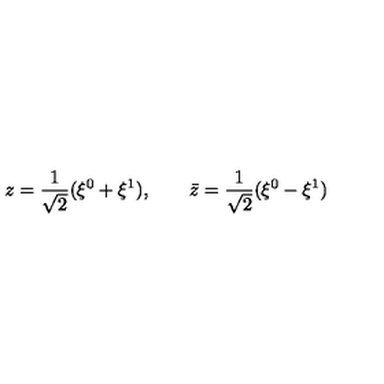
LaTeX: z = { \frac { 1 } { \sqrt 2 } } ( \xi ^ { 0 } + \xi ^ { 1 } ) , \qquad \bar { z } = { \frac { 1 } { \sqrt 2 } } ( \xi ^ { 0 } - \xi ^ { 1 } )